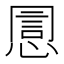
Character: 𢝯